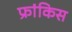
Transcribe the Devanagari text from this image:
फ्रांकिस